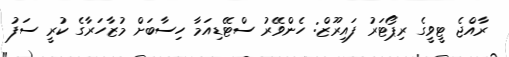
ރާއްޖެ ޓީވީގެ ރިޕޯޓަރު ފައިރޫޒް: ހެންވޭރު ސްޓޭޑިއަމާ ހިސާބަށް މުޒާހަރާގެ ކުރީ ސަފު